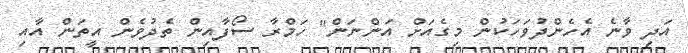
އަދި ވާނެ އެހެންދުވަހަކުން މިގެއަށް އަންނަން" ހަމްރާ ސޯފާއިން ތެދުވެން އީތަން އާއި